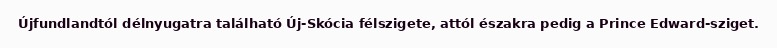
Újfundlandtól délnyugatra található Új-Skócia félszigete, attól északra pedig a Prince Edward-sziget.